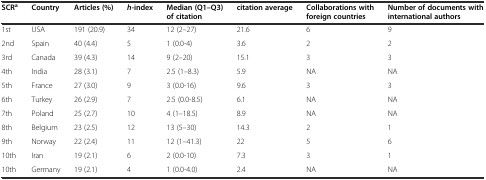
| SCRa | Country | Articles (%) | h-index | Median (Q1–Q3) of citation | citation average | Collaborations with foreign countries | Number of documents with international authors |
 | --- | --- | --- | --- | --- | --- | --- | --- |
 | 1st | USA | 191 (20.9) | 34 | 12 (2–27) | 21.6 | 6 | 9 |
 | 2nd | Spain | 40 (4.4) | 5 | 1 (0.0-4) | 3.6 | 2 | 2 |
 | 3rd | Canada | 39 (4.3) | 14 | 9 (2–20) | 15.1 | 3 | 3 |
 | 4th | India | 28 (3.1) | 7 | 2.5 (1–8.3) | 5.9 | NA | NA |
 | 5th | France | 27 (3.0) | 9 | 3 (0.0-16) | 9.6 | 3 | 3 |
 | 6th | Turkey | 26 (2.9) | 7 | 2.5 (0.0-8.5) | 6.1 | NA | NA |
 | 7th | Poland | 25 (2.7) | 10 | 4 (1–18.5) | 8.9 | NA | NA |
 | 8th | Belgium | 23 (2.5) | 12 | 13 (5–30) | 14.3 | 2 | 1 |
 | 9th | Norway | 22 (2.4) | 11 | 12 (1–41.3) | 22 | 5 | 6 |
 | 10th | Iran | 19 (2.1) | 6 | 2 (0.0-10) | 7.3 | 3 | 1 |
 | 10th | Germany | 19 (2.1) | 4 | 1 (0.0-4.0) | 2.4 | NA | NA |